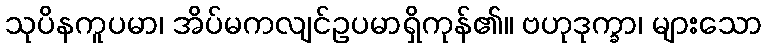
သုပိနကူပမာ၊ အိပ်မကလျင်ဥပမာရှိကုန်၏။ ဗဟုဒုက္ခာ၊ များသော